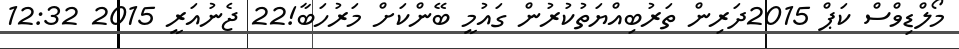
މޯލްޑިވްސް ކަޕް 2015ދަރިން ތަރުބިއްޔަތުކުރުން ގައުމީ ބޭންކަށް މަރުހަބާ!22 ޖެނުއަރީ 2015 12:32